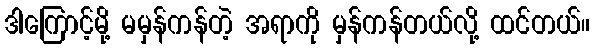
ဒါကြောင့်မို့ မမှန်ကန်တဲ့ အရာကို မှန်ကန်တယ်လို့ ထင်တယ်။